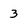
Character: 3